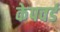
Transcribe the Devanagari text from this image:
केपवर्ड